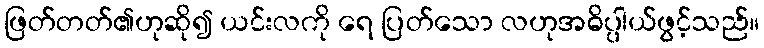
ဖြတ်တတ်၏ဟုဆို၍ ယင်းလကို ရေ ပြတ်သော လဟုအဓိပ္ပါယ်ဖွင့်သည်။